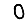
Digit: 0